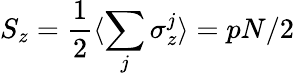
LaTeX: S_{z}=\frac{1}{2}\langle\sum_{j}\sigma_{z}^{j}\rangle=pN/2